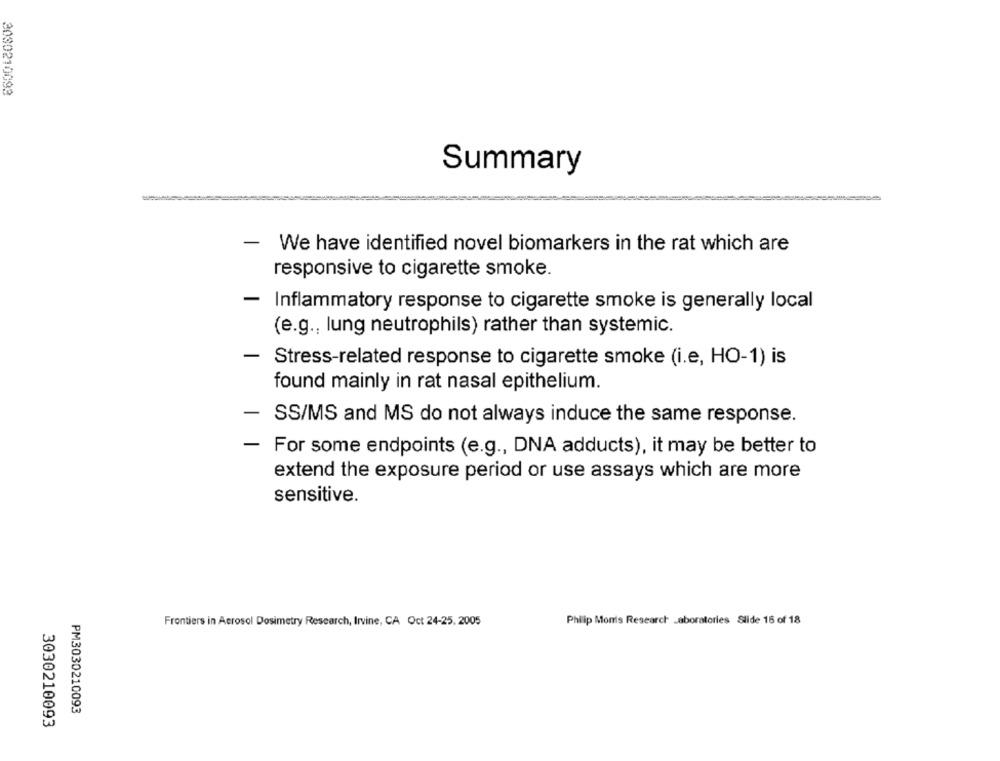
3030210093
Summary
-
We have identified novel biomarkers in the rat which are
responsive to cigarette smoke.
- Inflammatory response to cigarette smoke is generally local
(e.g ., lung neutrophils) rather than systemic.
-
Stress-related response to cigarette smoke (i.e, HO-1) is
found mainly in rat nasal epithelium.
-
SS/MS and MS do not always induce the same response.
-
For some endpoints (e.g ., DNA adducts), it may be better to
extend the exposure period or use assays which are more
sensitive.
Frontiers in Aerosol Dosimetry Research, Irvine, CA Oct 24-25, 2005
Philip Monis Research Laboratories Slide 16 of 18
PM3030210093
3030210093